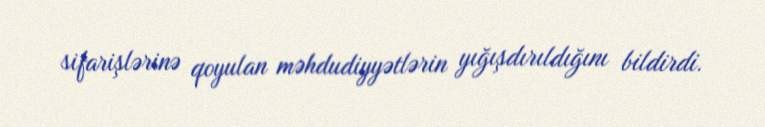
sifarişlərinə qoyulan məhdudiyyətlərin yığışdırıldığını bildirdi.